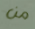
من